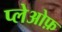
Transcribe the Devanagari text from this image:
प्लेओफ़